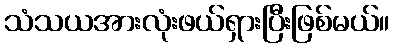
သံသယအားလုံးဖယ်ရှားပြီးဖြစ်မယ်။